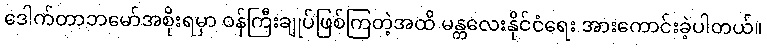
ဒေါက်တာဘမော်အစိုးရမှာ ဝန်ကြီးချုပ်ဖြစ်ကြတဲ့အထိ မန္တလေးနိုင်ငံရေး အားကောင်းခဲ့ပါတယ်။